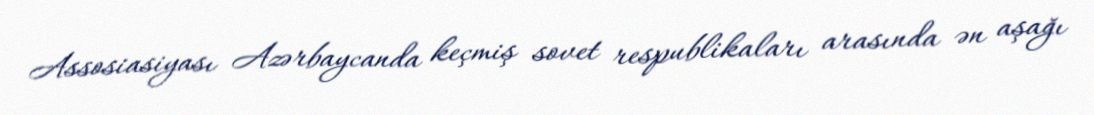
Assosiasiyası Azərbaycanda keçmiş sovet respublikaları arasında ən aşağı